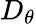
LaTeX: D_{\theta}